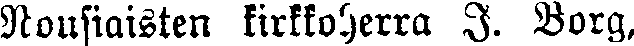
Nousiaisten kirkkoherra J. Borg,